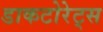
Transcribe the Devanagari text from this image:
डाकटोरेट्स